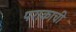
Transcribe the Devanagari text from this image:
पराकाची